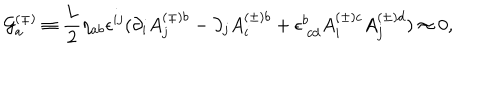
{ \cal G } _ { a } ^ { ( \pm ) } \equiv \frac { L } { 2 } \eta _ { a b } \epsilon ^ { i j } ( \partial _ { i } A _ { j } ^ { ( \pm ) b } - \partial _ { j } A _ { i } ^ { ( \pm ) b } + \epsilon _ { \mathrm { ~ } c d } ^ { b } A _ { i } ^ { ( \pm ) c } A _ { j } ^ { ( \pm ) d } ) \approx 0 ,